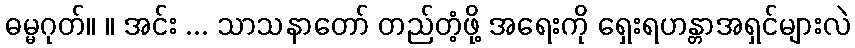
ဓမ္မဂုတ်။ ။ အင်း ... သာသနာတော် တည်တံ့ဖို့ အရေးကို ရှေးရဟန္တာအရှင်များလဲ